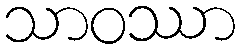
သာဝဿာ